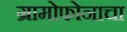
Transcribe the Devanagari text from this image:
ग्रामोफोनाचा